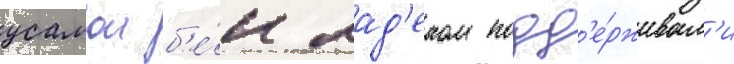
усамои б'е́н лад'еном подд'е́рживал'и